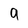
Character: 9